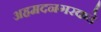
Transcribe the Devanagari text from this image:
अहमदनगरकडे